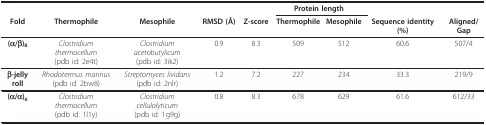
<table><thead><tr><td></td><td></td><td></td><td></td><td></td><td colspan="2"><b>Protein length</b></td><td></td><td></td></tr><tr><td><b>Fold</b></td><td><b>Thermophile</b></td><td><b>Mesophile</b></td><td><b>RMSD (Å)</b></td><td><b>Z-score</b></td><td><b>Thermophile</b></td><td><b>Mesophile</b></td><td><b>Sequence identity (%)</b></td><td><b>Aligned/Gap</b></td></tr></thead><tbody><tr><td><b>(α/β)</b><sub><b>8</b></sub></td><td><i>Clostridium thermocellum</i>(pdb id: 2e4t)</td><td><i>Clostridium acetobutylicum</i>(pdb id: 3ik2)</td><td>0.9</td><td>8.3</td><td>509</td><td>512</td><td>60.6</td><td>507/4</td></tr><tr><td><b>β-jelly roll</b></td><td><i>Rhodotermus marinus</i>(pdb id: 2bw8)</td><td><i>Streptomyces lividans</i>(pdb id: 2nlr)</td><td>1.2</td><td>7.2</td><td>227</td><td>234</td><td>33.3</td><td>219/9</td></tr><tr><td><b>(α/α)</b><sub><b>6</b></sub></td><td><i>Clostridium thermocellum</i>(pdb id: 1l1y)</td><td><i>Clostridium cellulolyticum</i>(pdb id: 1g9g)</td><td>0.8</td><td>8.3</td><td>678</td><td>629</td><td>61.6</td><td>612/33</td></tr></tbody></table>